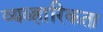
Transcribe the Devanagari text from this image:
व्यव्हारिकता